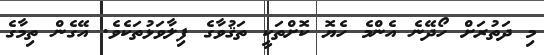
މި ދަތުރަށް ހޯދޭނެ އެންމެ ހެޔޮ ކޮށްތަކީ ތަޤުވާގެ ފިލާވަޅުތަކެވެ. އޭގެން ތިމާގެ